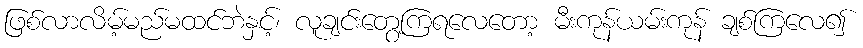
ဖြစ်လာလိမ့်မည်မထင်ဘဲနှင့်၊ လူချင်းတွေ့ကြရလေတော့ မီးကုန်ယမ်းကုန် ချစ်ကြလေ၍